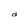
Character: a